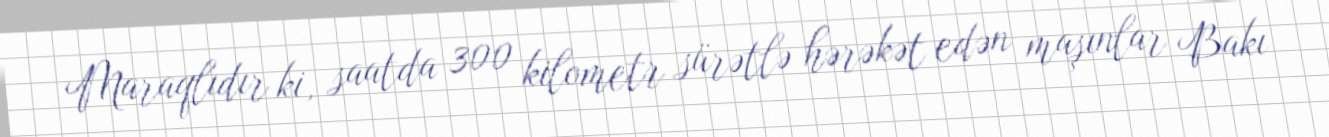
Maraqlıdır ki, saatda 300 kilometr sürətlə hərəkət edən maşınlar Bakı